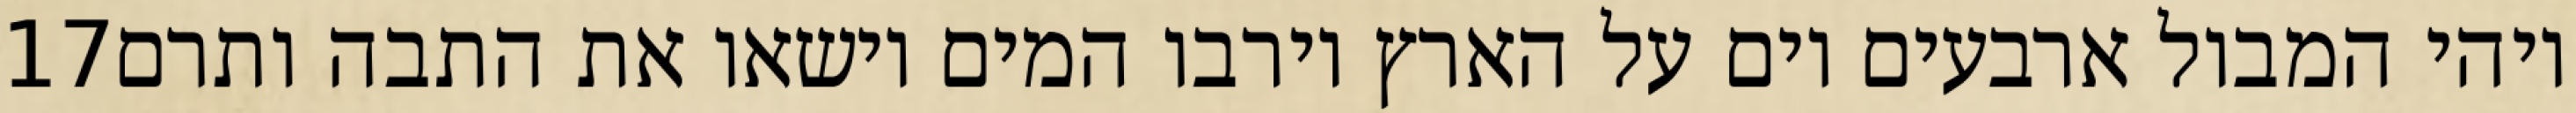
‎17‏ ויהי המבול ארבעים יום על הארץ וירבו המים וישאו את התבה ותרם